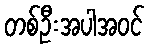
တစ်ဦးအပါအဝင်